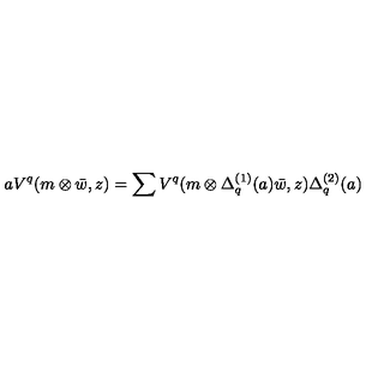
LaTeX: a V ^ { q } ( m \otimes \bar { w } , z ) = \sum V ^ { q } ( m \otimes \Delta _ { q } ^ { ( 1 ) } ( a ) \bar { w } , z ) \Delta _ { q } ^ { ( 2 ) } ( a )